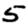
Digit: 5